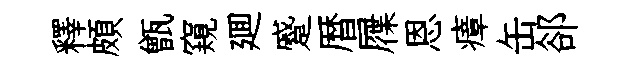
釋頗甑窺廽蹙暦屧恩瘴缶郤